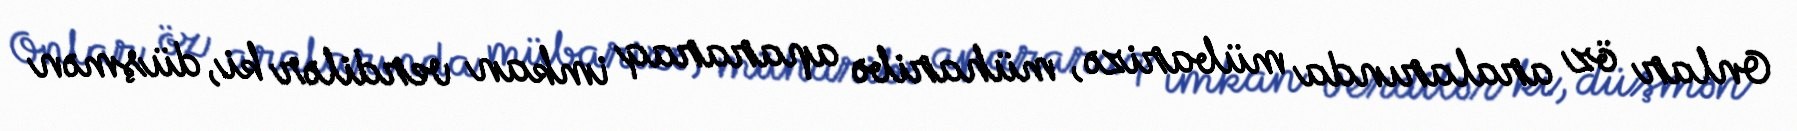
Onlar öz aralarında mübarizə, müharibə apararaq imkan verdilər ki, düşmən